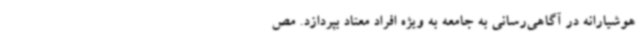
هوشیارانه در آگاهی‌رسانی به جامعه به ویژه افراد معتاد بپردازد. مص